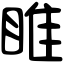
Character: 睢